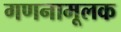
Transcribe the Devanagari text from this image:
गणनामूलक